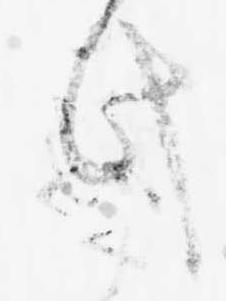
此